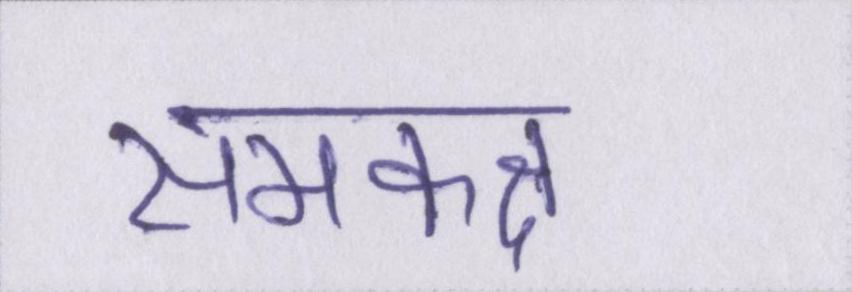
समकक्ष